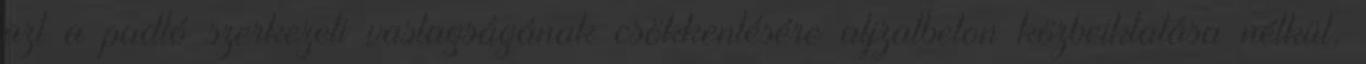
azt a padló szerkezeti vastagságának csökkentésére aljzatbeton közbeiktatása nélkül,